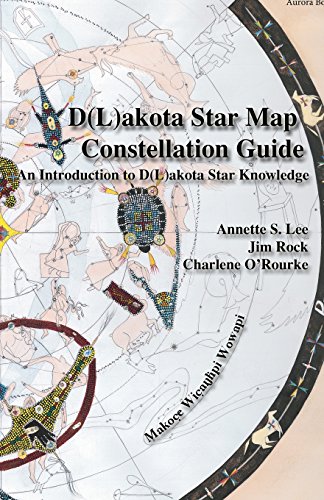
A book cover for D(l)Akota Star Map Constellation Guidebook: An Introduction to D(l)Akota Star Knowledge; Annette Sharon Lee; Science & Math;